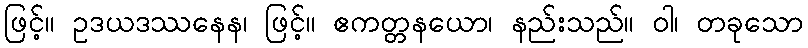
ဖြင့်။ ဥဒယဒဿနေန၊ ဖြင့်။ ဧကတ္တနယော၊ နည်းသည်။ ဝါ၊ တခုသော